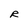
Character: R